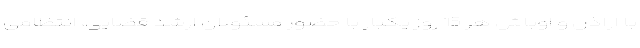
با اراذل و اوباش هر 15 روز یکبار با حضور مسئولان ارشد قضایی، انتظامی